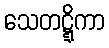
သေတဋ္ဋိကာ